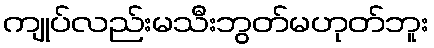
ကျုပ်လည်းမသီးဘွတ်မဟုတ်ဘူး